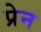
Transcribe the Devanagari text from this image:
प्रेन